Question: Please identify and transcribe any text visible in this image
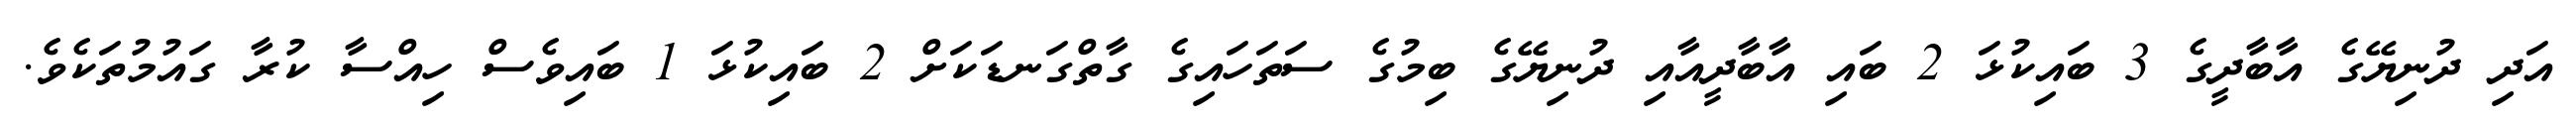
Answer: އަދި ދުނިޔޭގެ އާބާދީގެ 3 ބައިކުޅަ 2 ބައި އާބާދީއާއި ދުނިޔޭގެ ބިމުގެ ސަތަހައިގެ ގާތްގަނޑަކަށް 2 ބައިކުޅަ 1 ބައިވެސް ހިއްސާ ކުރާ ގައުމުތަކެވެ.